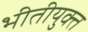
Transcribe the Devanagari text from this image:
भीतीयुक्त